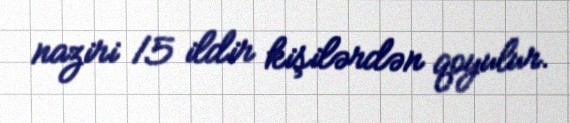
naziri 15 ildir kişilərdən qoyulur.